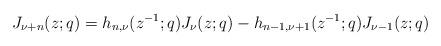
LaTeX: \begin{align*}J_{\nu+n}(z;q)=h_{n,\nu}(z^{-1};q)J_{\nu}(z;q)-h_{n-1,\nu+1}(z^{-1};q)J_{\nu-1}(z;q)\end{align*}